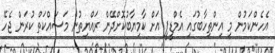
އެހެންކަމުން މި އިންތިހާބުގައި އެމްޑީޕީ އަށް ކާމިޔާބުކޮށްދޭން ރައްޔިތުން މަސައްކަތް ކުރަން ޖެހޭ